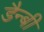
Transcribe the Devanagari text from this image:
डैन्बी